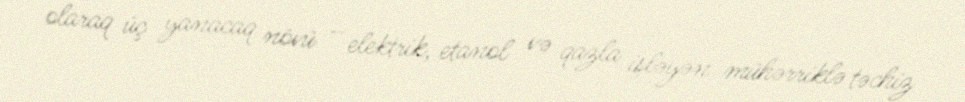
olaraq üç yanacaq növü – elektrik, etanol və qazla işləyən mühərriklə təchiz